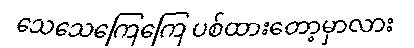
သေသေကြေကြေ ပစ်ထားတော့မှာလား